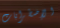
الإضطرابات